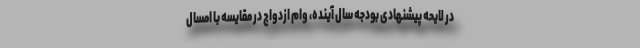
در لایحه پیشنهادی بودجه سال آینده، وام ازدواج در مقایسه با امسال